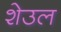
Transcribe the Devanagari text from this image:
शेउल